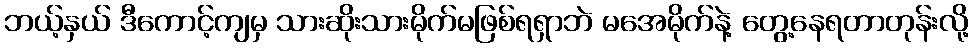
ဘယ့်နှယ် ဒီကောင့်ကျမှ သားဆိုးသားမိုက်မဖြစ်ရရှာဘဲ မအေမိုက်နဲ့ တွေ့နေရတာတုန်းလို့